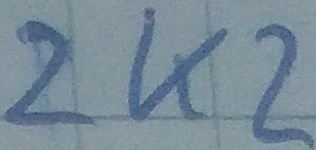
Text: 2K2